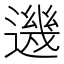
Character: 𨗂